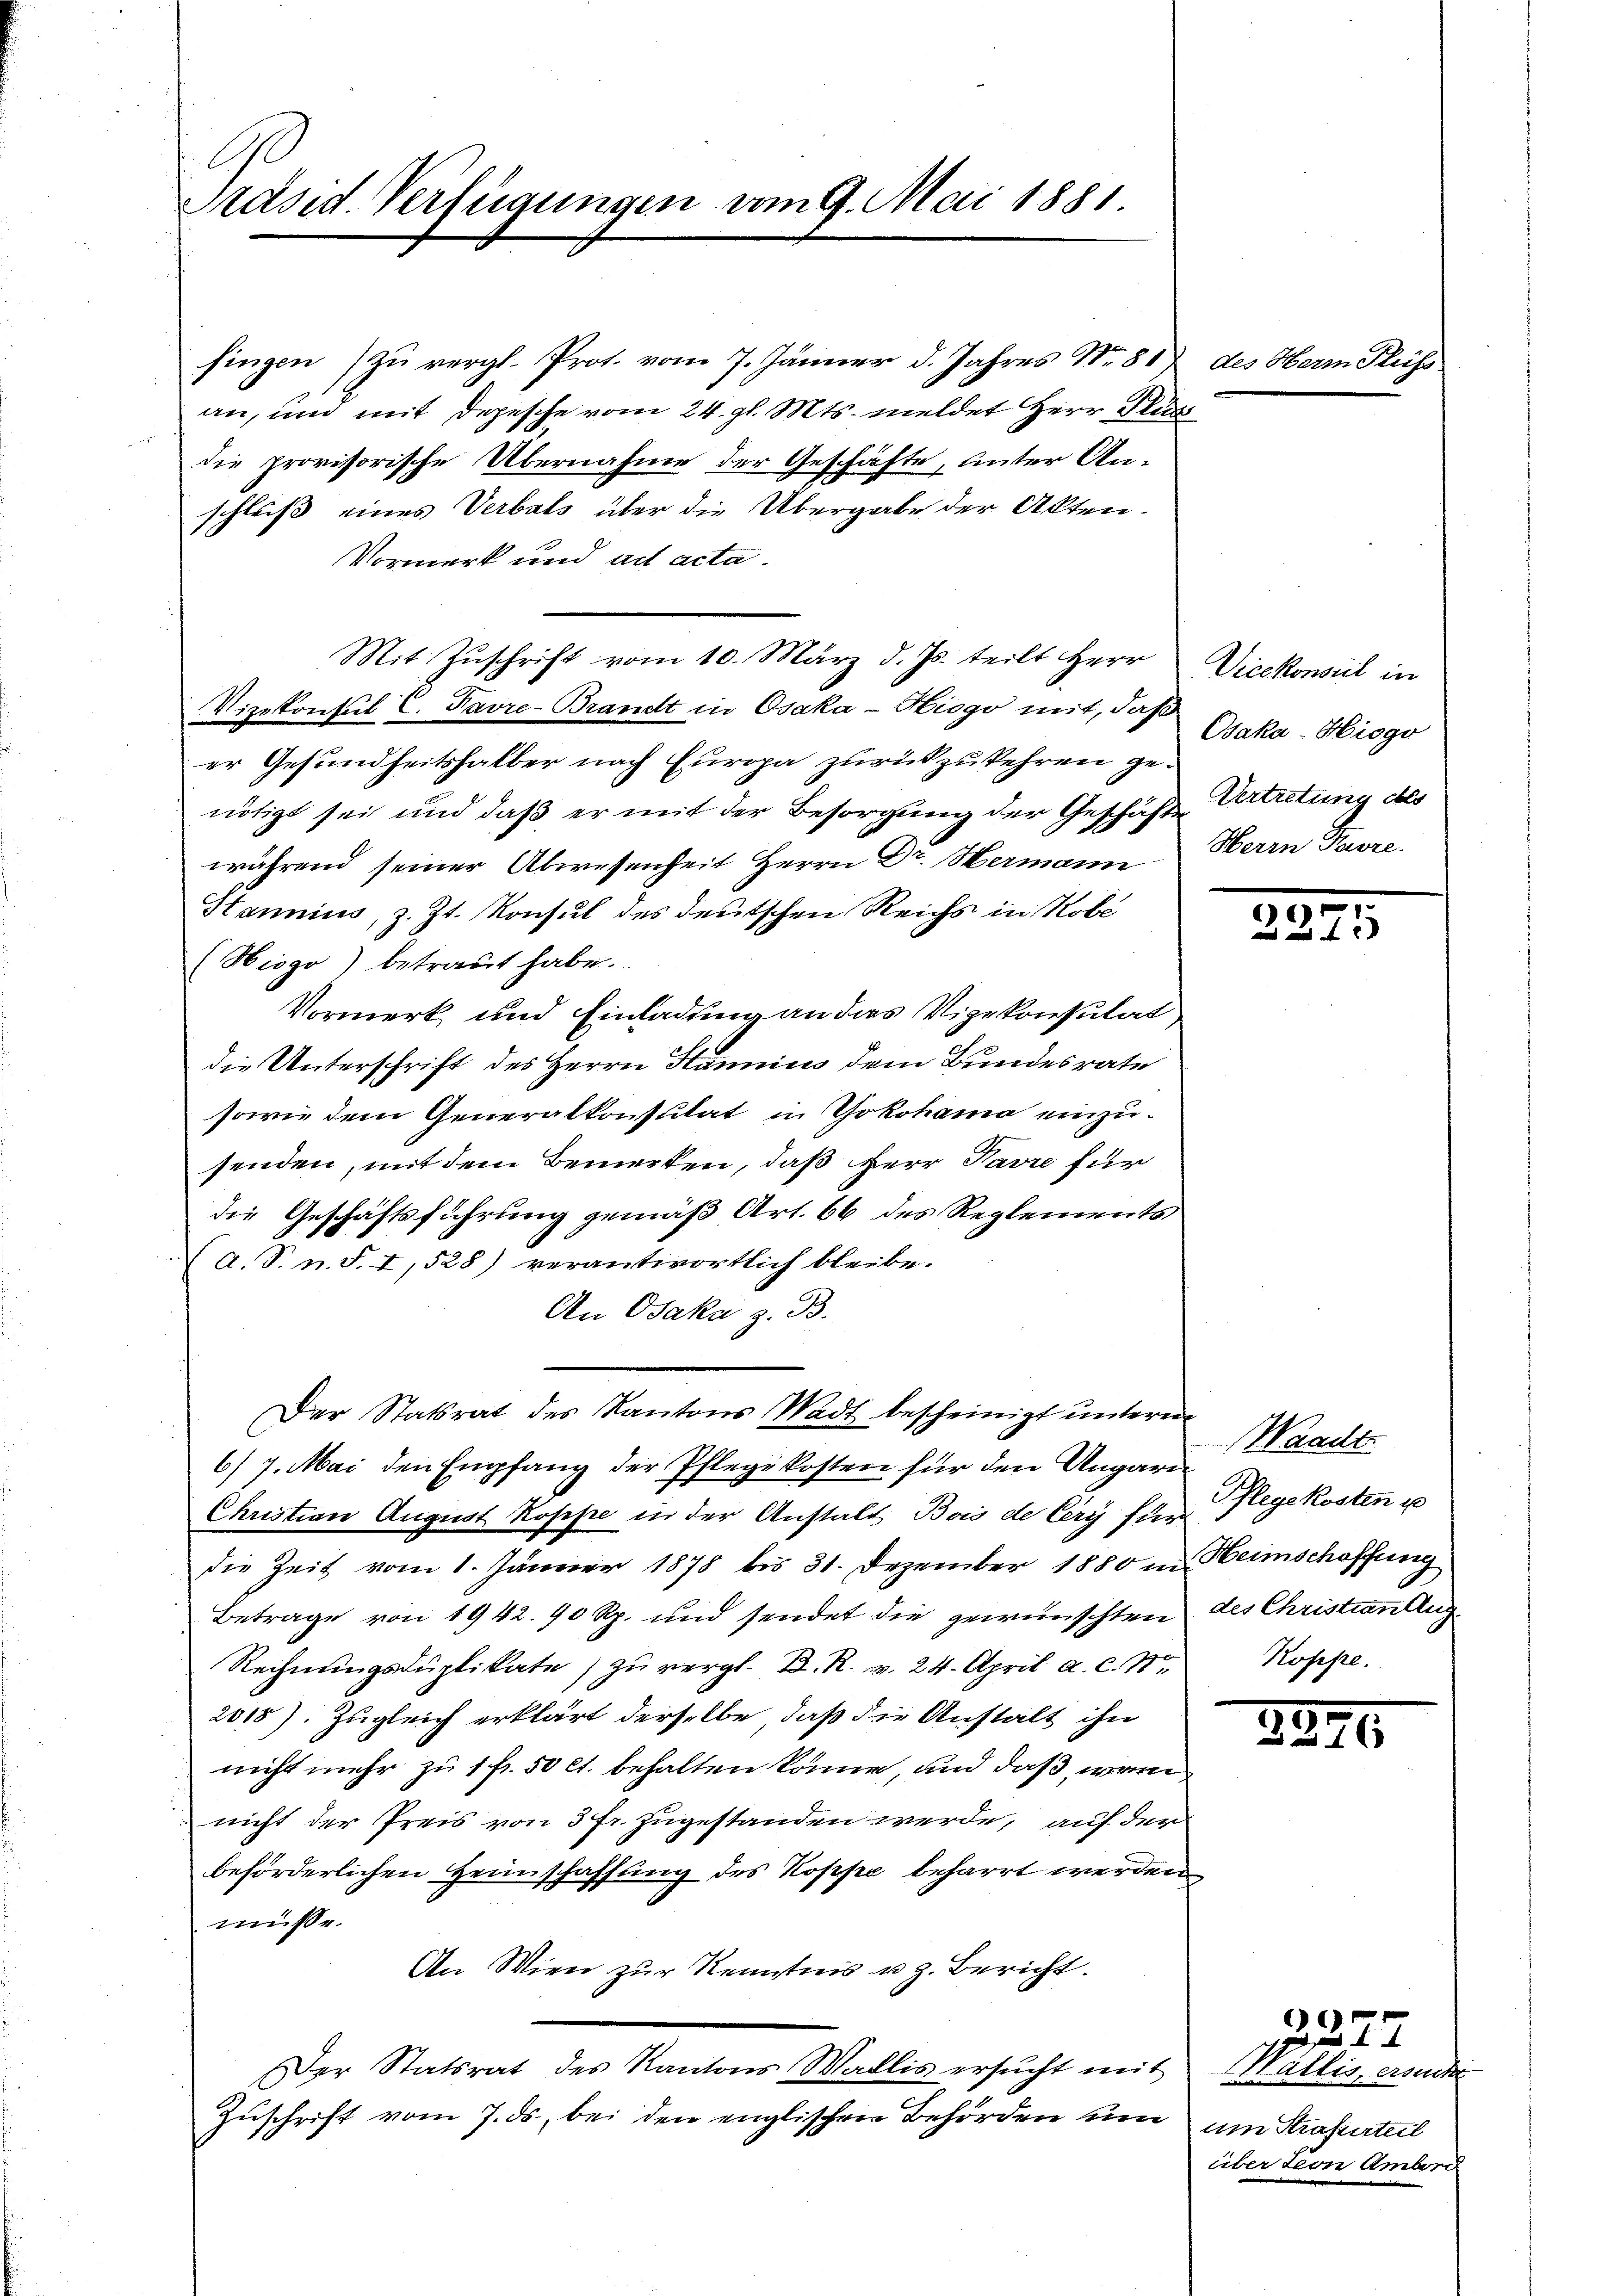
Präsid. Verfügungen vom 9. Mai 1881.

fingen zu vergl. Prot. vom 7. Jänner d. Jahres No. 817 des Herr Flüss
an, und mit Depesche vom 24. gl. Mts. meldet Herr Für
die provisorische Übernahme der Geschäfte, unter An-
schluß eines Verbats über die Übergabe der Akten.
Vormerk und ad acta.
Vizekonsul C. Favre-Brandt in Osaka-Hiogo mit, daß
er Gesundheitshalber nach Europa zurückzukehren genötigt sei und daß er mit der Besorgung der Geschäfte
während seiner Abwesenheit Herrn Dr. Hermann
Hannius, z. Zt. Konsul des deutschen Reichs in Robe
(Hiogo) betraut habe.
Vormerk und Einladung an dies Vizekonsulat
die Unterschrift des Herrn Hannis dem Bundesrate
sowie dem Generalkonsulat in Yokohama einzu-
senden, mit dem Bemerken, daß Herr Pavre für
die Geschäftsführung gemäß Art. 66 des Reglements
Ca. S. n. F. I, 528) verantwortlich bleibe.
An Osaka z. B.
Der Statsrat des Kantons Wadt bescheinigt unterm
6/7. Mai den Empfang der Pflegekosten für den Ungari¬
Christian August Koppe in der Anstalt Bois de Cery für Regekosten u
die Zeit vom 1. Jänner 1878 bis 31. Dezember 1880 in Heimschaffung
Betrage von 1942. 90 Rp. und sendet die gewünschten des Christiantur
Rechnungsduplikate zu vergl. D. R. v. 24. April a. c. S.
2018). Zugleich erklärt derselbe, daß die Anstalt ihn
nicht mehr zu 1 fl. 50 l. behalten könne, und daß, wenn
nicht der Preis von 3 Fr. zugestanden werde, auf der
beförderlichen Heimschaffung des Koppe beharrt werden
müsse.
An Wien zur Kenntnis u. z. Bericht.
Der Statsrat des Kantons Wallis ersŭcht mit
Zuschrift vom 7. ds., bei den englischen Behörden um um Strafurteil

Mit Zŭschrift vom 10. März d. Js. teilt Herr

Vicekonsul in
Osaka-Hiogo
Vertretung des
Herrn Pare

9
13

Waadt.
Koppe.

295

e

277
Wallis, ersucht
über Leon Amberg